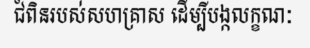
ជំពិនរបស់សហគ្រាស ដើម្បីបង្កលក្ខណៈ